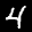
Label: 4